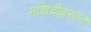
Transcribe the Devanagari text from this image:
मशिदीवरून